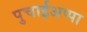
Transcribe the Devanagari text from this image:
पुचाईअप्पा